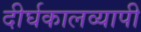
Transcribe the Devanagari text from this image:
दीर्घकालव्यापी